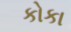
કોકા